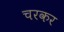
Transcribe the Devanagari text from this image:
चरकर